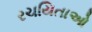
રચયિતાઓ